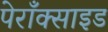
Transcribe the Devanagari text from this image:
पेराँक्साइड